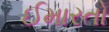
ઈમારતો